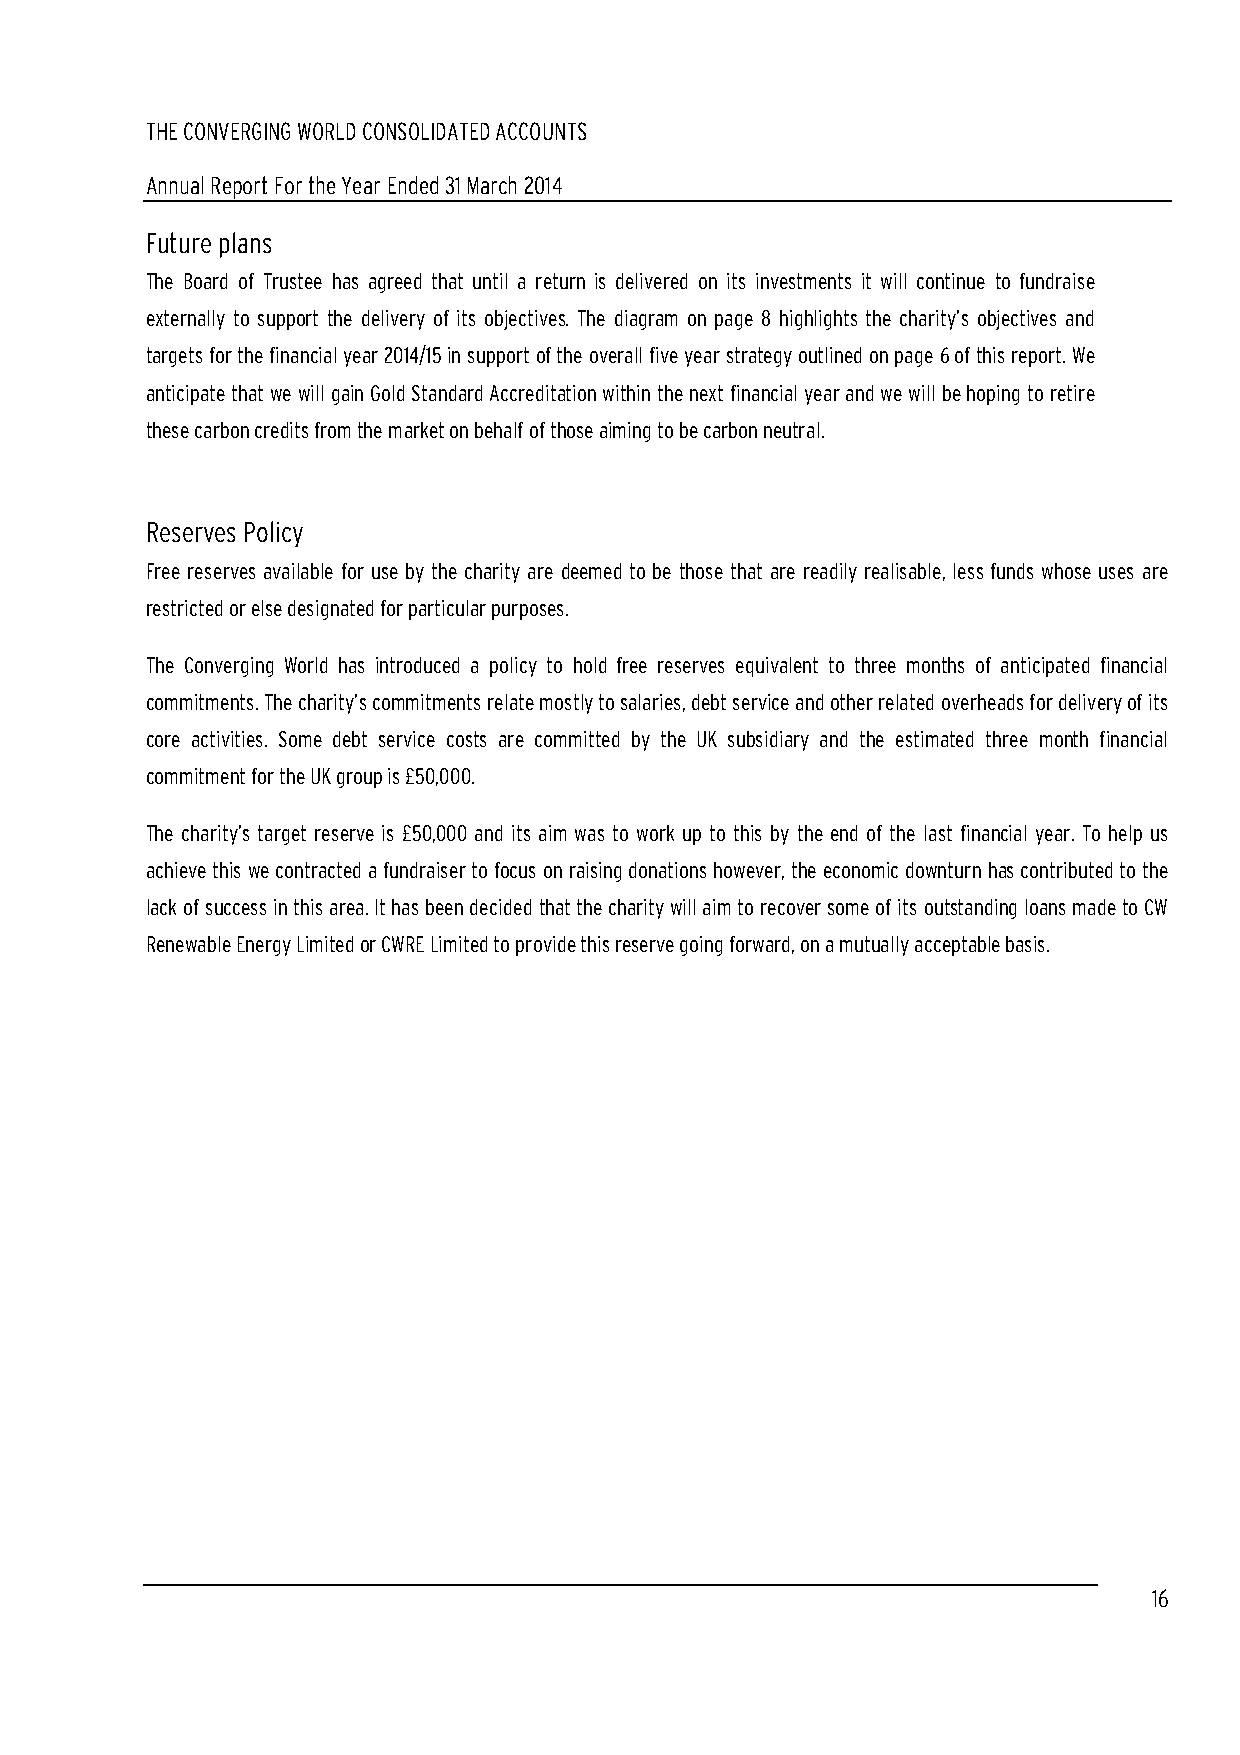
THE CONVERGING WORLD CONSOLIDATED ACCOUNTS
 Annual Report For the Year Ended 31 March 2014
 Future plans
 The Board of Trustee has agreed that until a return is delivered on its investments it will continue to fundraise
 externally to support the delivery of its objectives. The diagram on page 8 highlights the charity’s objectives and
 targets for the financial year 2014/15 in support of the overall five year strategy outlined on page 6 of this report. We
 anticipate that we will gain Gold Standard Accreditation within the next financial year and we will be hoping to retire
 these carbon credits from the market on behalf of those aiming to be carbon neutral.
 Reserves Policy
 Free reserves available for use by the charity are deemed to be those that are readily realisable, less funds whose uses are
 restricted or else designated for particular purposes.
 The Converging World has introduced a policy to hold free reserves equivalent to three months of anticipated financial
 commitments. The charity’s commitments relate mostly to salaries, debt service and other related overheads for delivery of its
 core activities. Some debt service costs are committed by the UK subsidiary and the estimated three month financial
 commitment for the UK group is £50,000.
 The charity’s target reserve is £50,000 and its aim was to work up to this by the end of the last financial year. To help us
 achieve this we contracted a fundraiser to focus on raising donations however, the economic downturn has contributed to the
 lack of success in this area. It has been decided that the charity will aim to recover some of its outstanding loans made to CW
 Renewable Energy Limited or CWRE Limited to provide this reserve going forward, on a mutually acceptable basis.
 16